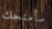
سأمنحك